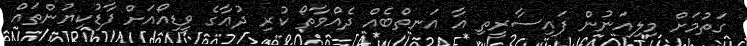
ގަތުމަށް މިލިއަނުން ފައިސާރީތި އާ އަނތްބެއް ދެއްވާތޯ ކުރި ދުޢާގެ ވީޑިއޯއަށް ފާޑުކިޔުންތައް